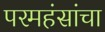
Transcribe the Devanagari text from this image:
परमहंसांचा